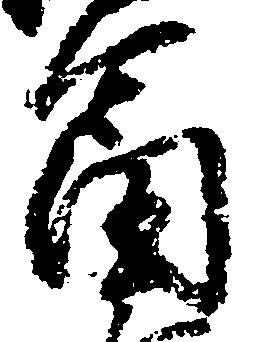
富